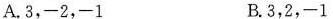
A.3，-2，-1 B.3，2，-1